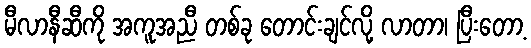
မီလာနီဆီကို အကူအညီ တစ်ခု တောင်းချင်လို့ လာတာ၊ ပြီးတော့